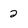
Character: 2